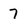
Character: 7